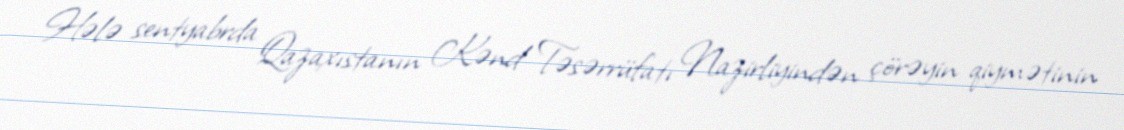
Hələ sentyabrda Qazaxıstanın Kənd Təsərrüfatı Nazirliyindən çörəyin qiymətinin